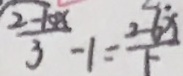
\frac { 2 - 1 0 x } { 3 } - 1 = \frac { 2 - 6 x } { 5 }